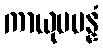
ကာယုပပန္နံ